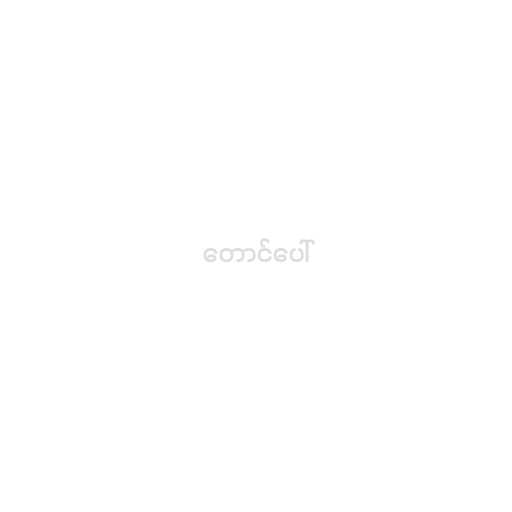
တောင်ပေါ်